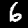
Digit: 6